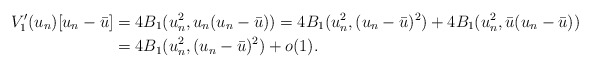
\begin{align*} V'_1(u_n)[u_n - \bar{u}] & = 4B_1(u_n^2, u_n(u_n - \bar{u})) = 4B_1(u_n^2, (u_n - \bar{u})^2) + 4B_1(u_n^2, \bar{u}(u_n - \bar{u}))\\&=4B_1(u_n^2, (u_n - \bar{u})^2)+o(1).\end{align*}